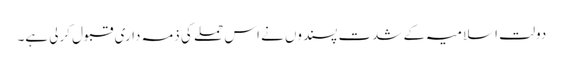
دولت اسلامیہ کے شدت پسندوں نے اس حملے کی ذمہ داری قبول کرلی ہے۔